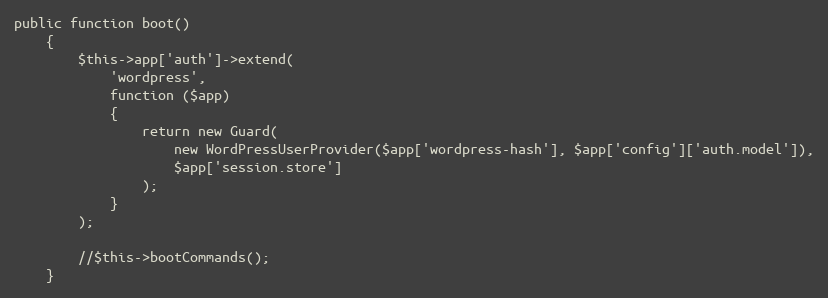
Language: PHP
public function boot()
    {
        $this->app['auth']->extend(
            'wordpress',
            function ($app)
            {
                return new Guard(
                    new WordPressUserProvider($app['wordpress-hash'], $app['config']['auth.model']),
                    $app['session.store']
                );
            }
        );

        //$this->bootCommands();
    }